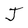
Character: J